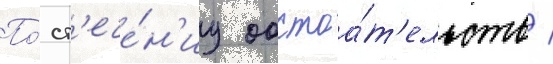
По́ ст'ече́н'иу обстоа́т'ельств /